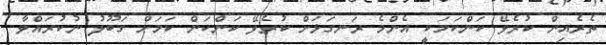
ތެރެއިން ކުރެވޭ ކަންކަމަކީ އެންމެ ރަނގަޅަށް ކުރެވޭ ކަންކަން ކަމަށް ގަބޫލު ނުކުރައްވާ